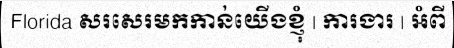
Florida សរសេរមកកាន់យើងខ្ញុំ | ការងារ | អំពី